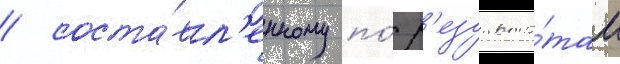
/ соста́вл'енному по́ р'езульта́там